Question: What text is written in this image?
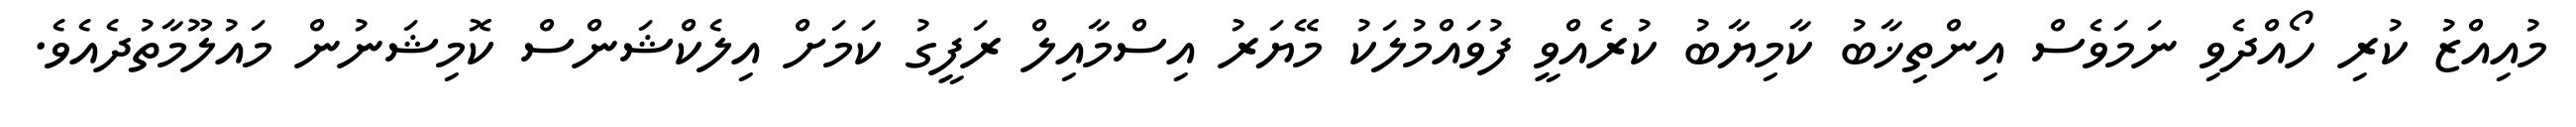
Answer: މުއިއްޒު ކުރި ހޯއްދެވި ނަމަވެސް އިންތިޚާބު ކާމިޔާބު ކުރެއްވީ ފުވައްމުލަކު މޭޔަރު އިސްމާއިލް ރަފީގު ކަމަށް އިލެކްޝަންސް ކޮމިޝަނުން މައުލޫމާތުދެއެވެ.